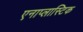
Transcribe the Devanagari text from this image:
एनाप्लास्टिक